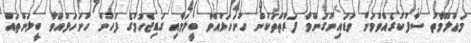
މަޢުލޫމާތު ސާފުކުރެއްވުމަށް ވަޑައިނުގަންވާ ފަރާތްތަކުން ހުށަހަޅުއްވާ ބީލަމާއި ގަޑިޖެހުމުގެ ފަހުން ހުށަހަޅުއްވާ ބީލަންތައް